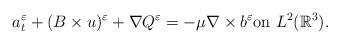
LaTeX: \begin{align*}a^{\varepsilon}_{t}+(B\times u)^{\varepsilon}+\nabla Q^{\varepsilon}=-\mu\nabla \times b^{\varepsilon}\textrm{on}\ L^{2}(\mathbb{R}^{3}).\end{align*}